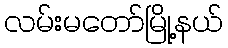
လမ်းမတော်မြို့နယ်